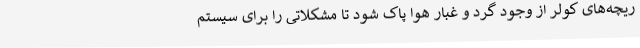
ریچه‌های کولر از وجود گرد و غبار هوا پاک شود تا مشکلاتی را برای سیستم